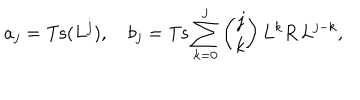
LaTeX: a _ { j } = \mathrm { T s } ( L ^ { j } ) , \quad b _ { j } = \mathrm { T s } \sum _ { k = 0 } ^ { j } { \binom { j } { k } } \, L ^ { k } R \, L ^ { j - k } ,